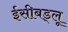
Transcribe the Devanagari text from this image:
ईसीबड्लू